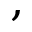
,